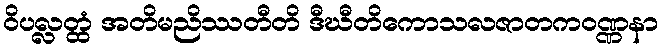
ဝိပလ္လတ္ထံ အတိမညိဿတီတိ ဒီဃီတိကောသလဇာတကဝဏ္ဏနာ